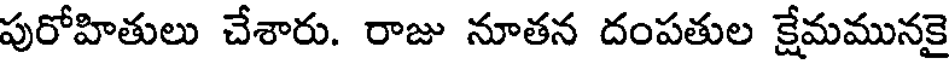
పురోహితులు చేశారు. రాజు నూతన దంపతుల క్షేమమునకై